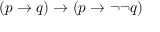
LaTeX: ( p \to q ) \to ( p \to \neg \neg q )